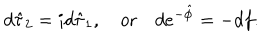
d \hat { \tau } _ { 2 } = i d \hat { \tau } _ { 1 } , \quad \mathrm { o r } \quad d e ^ { - \hat { \phi } } = - d f .